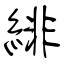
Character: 緋